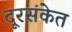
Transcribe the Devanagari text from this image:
दूरसंकेत